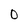
Character: O